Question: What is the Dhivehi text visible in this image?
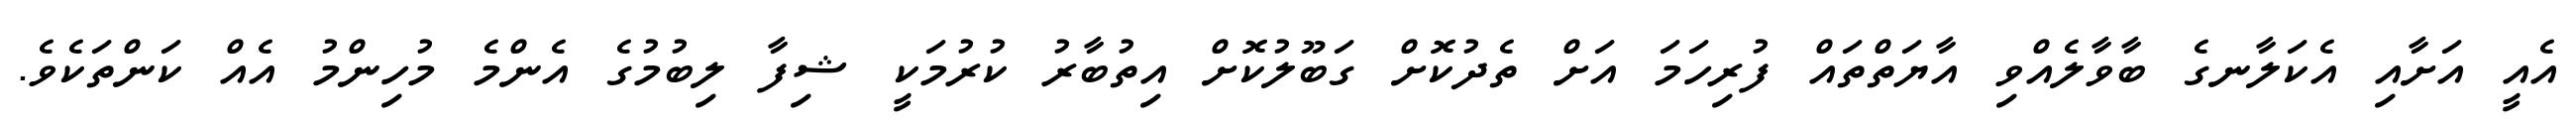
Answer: އެއީ އަށާއި އެކަލާނގެ ބާވާލެއްވި އާޔަތްތައް ފުރިހަމަ އަށް ތެދުކޮށް ގަބޫލުކޮށް އިތުބާރު ކުރުމަކީ ޝިފާ ލިބުމުގެ އެންމެ މުހިންމު އެއް ކަންތަކެވެ.